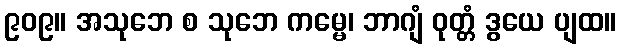
၉၀၉။ အသုဘေ စ သုဘေ ကမ္မေ၊ ဘာဂျံ ဝုတ္တံ ဒွယေ ပျထ။